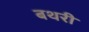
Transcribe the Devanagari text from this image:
बथरी